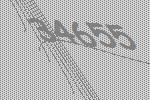
34655